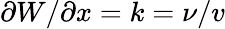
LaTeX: \partial W/\partial x=k=\nu/v